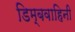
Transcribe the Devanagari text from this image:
डिम्बवाहिनी